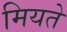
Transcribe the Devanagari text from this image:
मियते